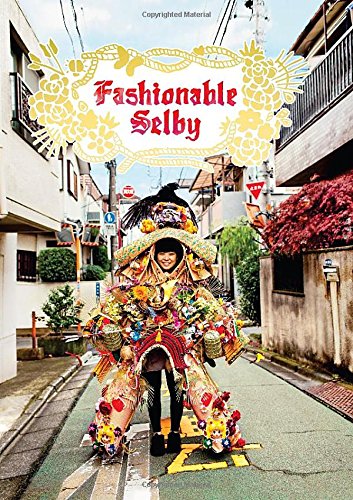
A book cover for Fashionable Selby; Todd Selby; Arts & Photography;